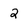
Character: 2